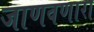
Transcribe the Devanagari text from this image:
जाणवणारा